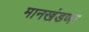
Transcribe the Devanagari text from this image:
मानखंडणा